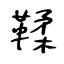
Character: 鞣